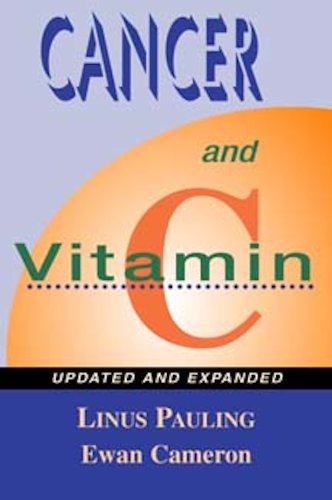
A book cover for Cancer and Vitamin C: A Discussion of the Nature, Causes, Prevention, and Treatment of Cancer With Special Reference to the Value of Vitamin C, Updated and Expanded; Ewan Cameron; Health, Fitness & Dieting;